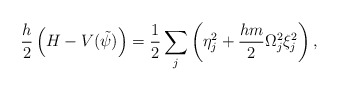
\begin{align*}\frac{h}{2}\left(H-V(\tilde{\psi})\right)=\frac{1}{2}\sum_{j}\left(\eta_{j}^{2}+\frac{hm}{2}\Omega_{j}^{2}\xi_{j}^{2} \right),\end{align*}